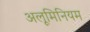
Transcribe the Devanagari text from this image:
अलूमिनियम